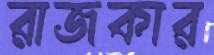
রাজকার